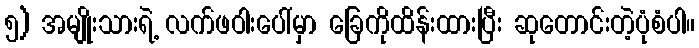
၅) အမျိုးသားရဲ့ လက်ဖဝါးပေါ်မှာ ခြေကိုထိန်းထားပြီး ဆုတောင်းတဲ့ပုံစံပါ။